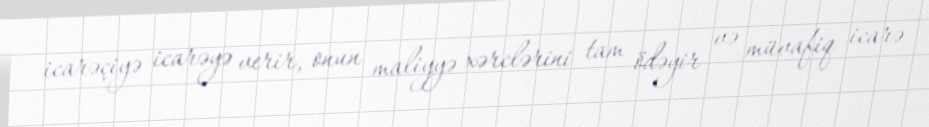
icarəçiyə icarəyə verir, onun maliyyə xərclərini tam ödəyir və müvafiq icarə